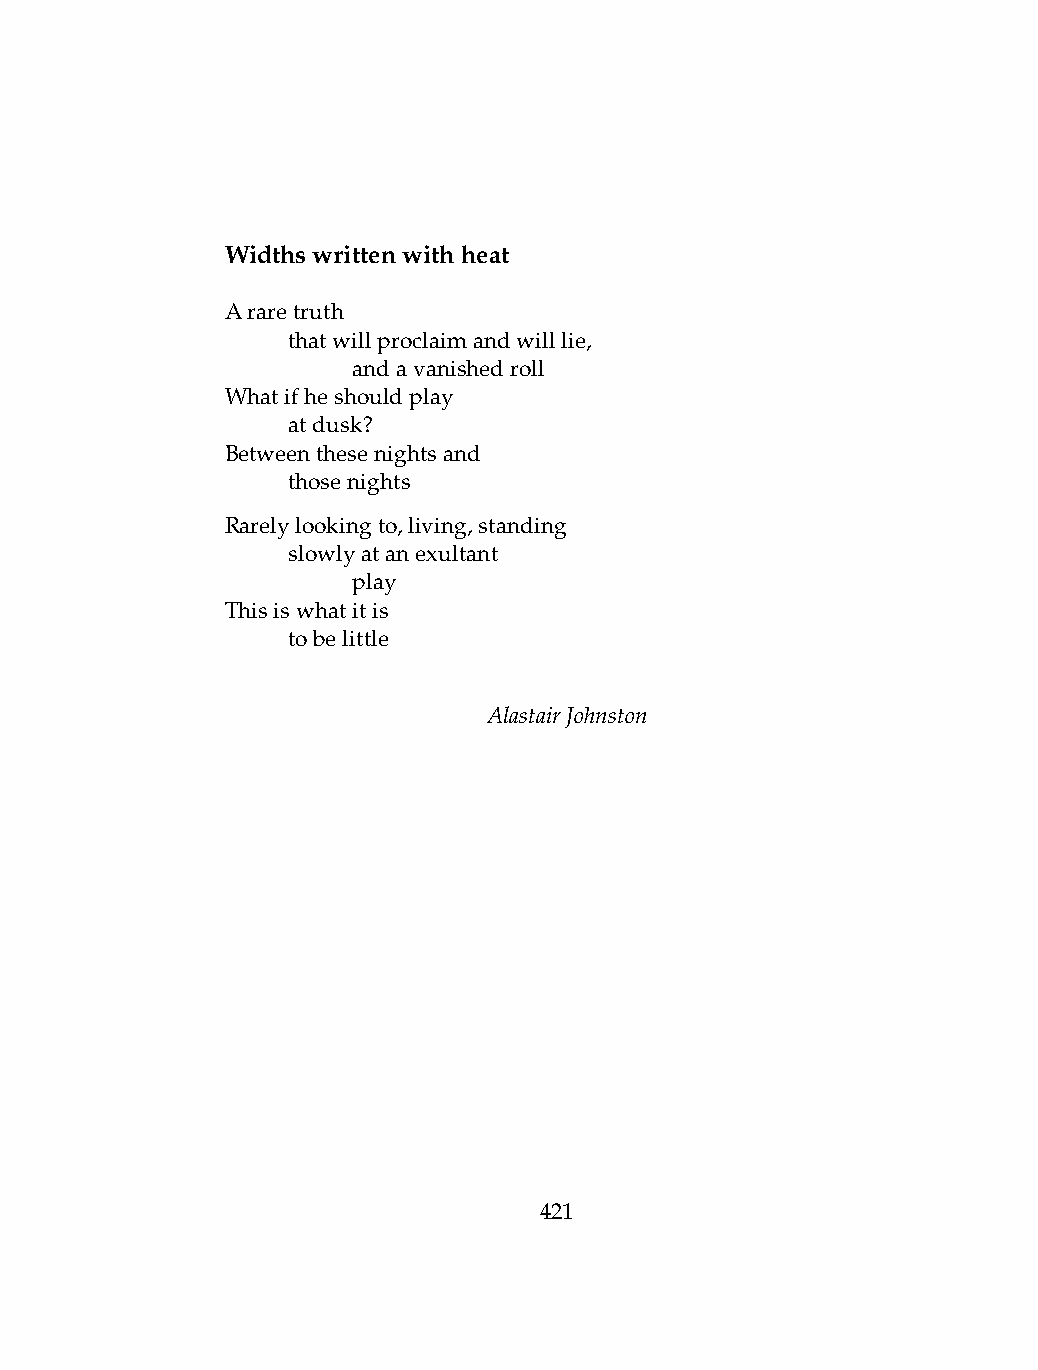
Widthswrittenwithheat
 Araretruth
 .   thatwillproclaimandwilllie,
 .   .   andavanishedroll
 Whatifheshouldplay
 .   atdusk?
 Betweenthesenightsand
 .   thosenights
 Rarelylookingto,living,standing
 .   slowlyatanexultant
 .   .   play
 Thisiswhatitis
 .   tobelittle
 AlastairJohnston
 421